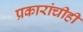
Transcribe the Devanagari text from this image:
प्रकारांचीही